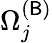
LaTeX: \Omega_{j}^{(\mathsf{B})}